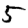
Digit: 5